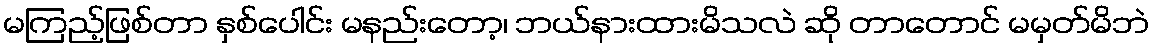
မကြည့်ဖြစ်တာ နှစ်ပေါင်း မနည်းတော့၊ ဘယ်နားထားမိသလဲ ဆို တာတောင် မမှတ်မိဘဲ